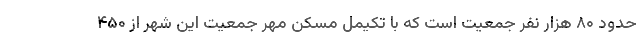
حدود ۸۰ هزار نفر جمعیت است که با تکیمل مسکن مهر جمعیت این شهر از ۴۵۰